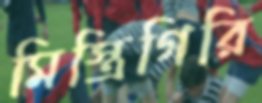
মিস্ত্রিগিরি